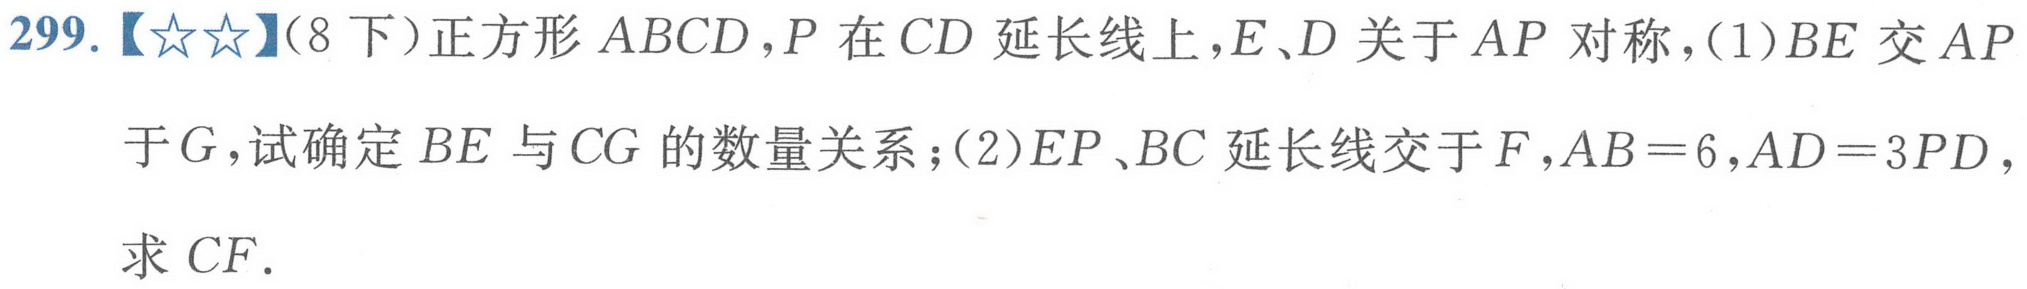
299.【★★】(8下）正方形 \(ABCD\)，\(P\) 在 \(CD\) 延长线上，\(E\)、\(D\) 关于 \(AP\) 对称，(1)\(BE\) 交 \(AP\) 于 \(G\)，试确定 \(BE\) 与 \(CG\) 的数量关系；(2)\(EP\)、\(BC\) 延长线交于 \(F\)，\(AB = 6\)，\(AD = 3PD\)，求 \(CF\).